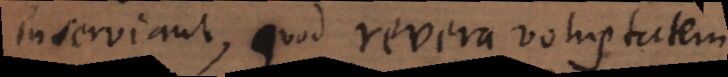
inserviant, quod revera voluptatem